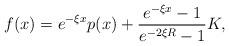
LaTeX: \begin{align*} f(x) = e^{-\xi x}p(x) + \frac{e^{-\xi x}-1}{e^{-2\xi R}-1}K,\end{align*}